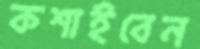
কশাইবেন